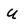
Character: U